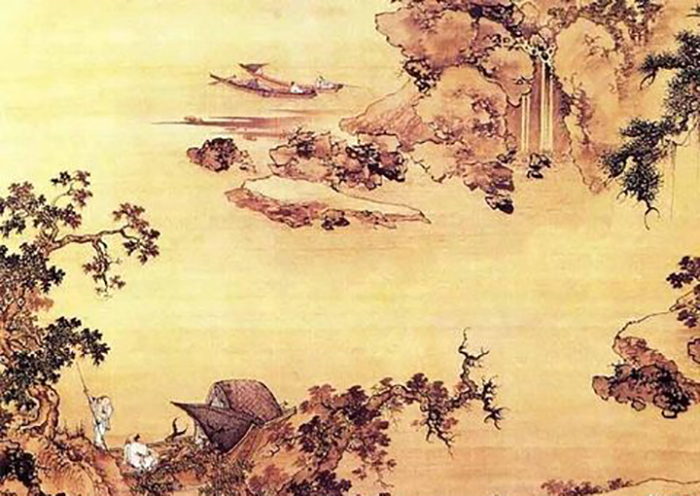
见碧水丹山，黄芦苦竹。